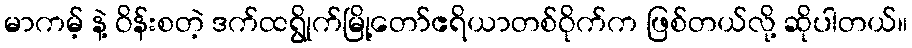
မာကမ့် နဲ့ ဝိန်းစတဲ့ ဒက်ထရွိုက်မြို့တော်ဧရိယာတစ်ဝိုက်က ဖြစ်တယ်လို့ ဆိုပါတယ်။